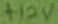
Text: +12V